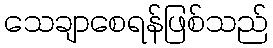
သေချာစေရန်ဖြစ်သည်